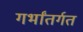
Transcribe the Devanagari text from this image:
गर्भांतर्गत